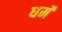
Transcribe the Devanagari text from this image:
धर्मे